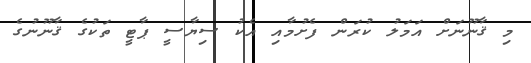
މި ޤާނޫނަށް އަމަލު ކުރަން ފެށުމާއި އެކު ސިޔާސީ ޕާޓީ ތަކުގެ ޤާނޫނުގެ